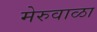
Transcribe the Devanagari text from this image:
मेरुवाळा